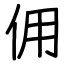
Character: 佣